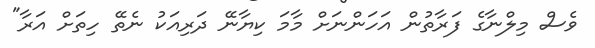
ވެސް މިލްނާގެ ފަރާތުން އަހަންނަށް މާމަ ކިޔާނޭ ދަރިއަކު ނެތޭ ހިތަށް އަރާ"